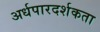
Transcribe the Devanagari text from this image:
अर्धपारदर्शकता